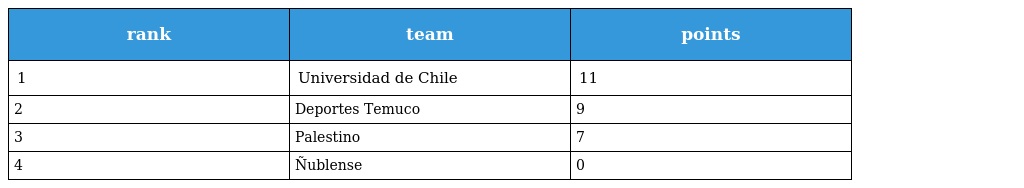
| rank | team | points |
 | --- | --- | --- |
 | 1 | Universidad de Chile | 11 |
 | 2 | Deportes Temuco | 9 |
 | 3 | Palestino | 7 |
 | 4 | Ñublense | 0 |